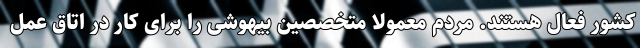
کشور فعال هستند. مردم معمولا متخصصین بیهوشی را برای کار در اتاق عمل